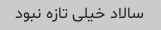
سالاد خیلی تازه نبود